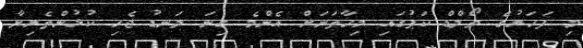
މި ފަހަރުގެ ވޯލްޑް ކަޕުގައި މިހާތަނަށް އެންމެ ގިނަ ލަނޑު ޖެހި ކުޅުންތެރިޔާ